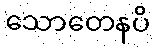
သောတေနပိ